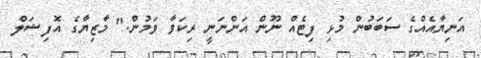
އަނިޔާއެއްގެ ސަބަބުން މުޅި ފިޓެއް ނޫން އަންނަނީ ރިކަވާ ވަމުން." މާޒިޔާގެ އޮފިޝަލް